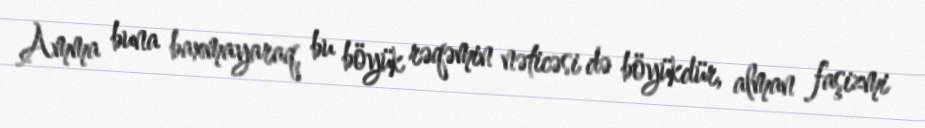
Amma buna baxmayaraq, bu böyük rəqəmin nəticəsi də böyükdür, alman faşizmi